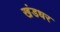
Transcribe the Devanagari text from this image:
खंडधर